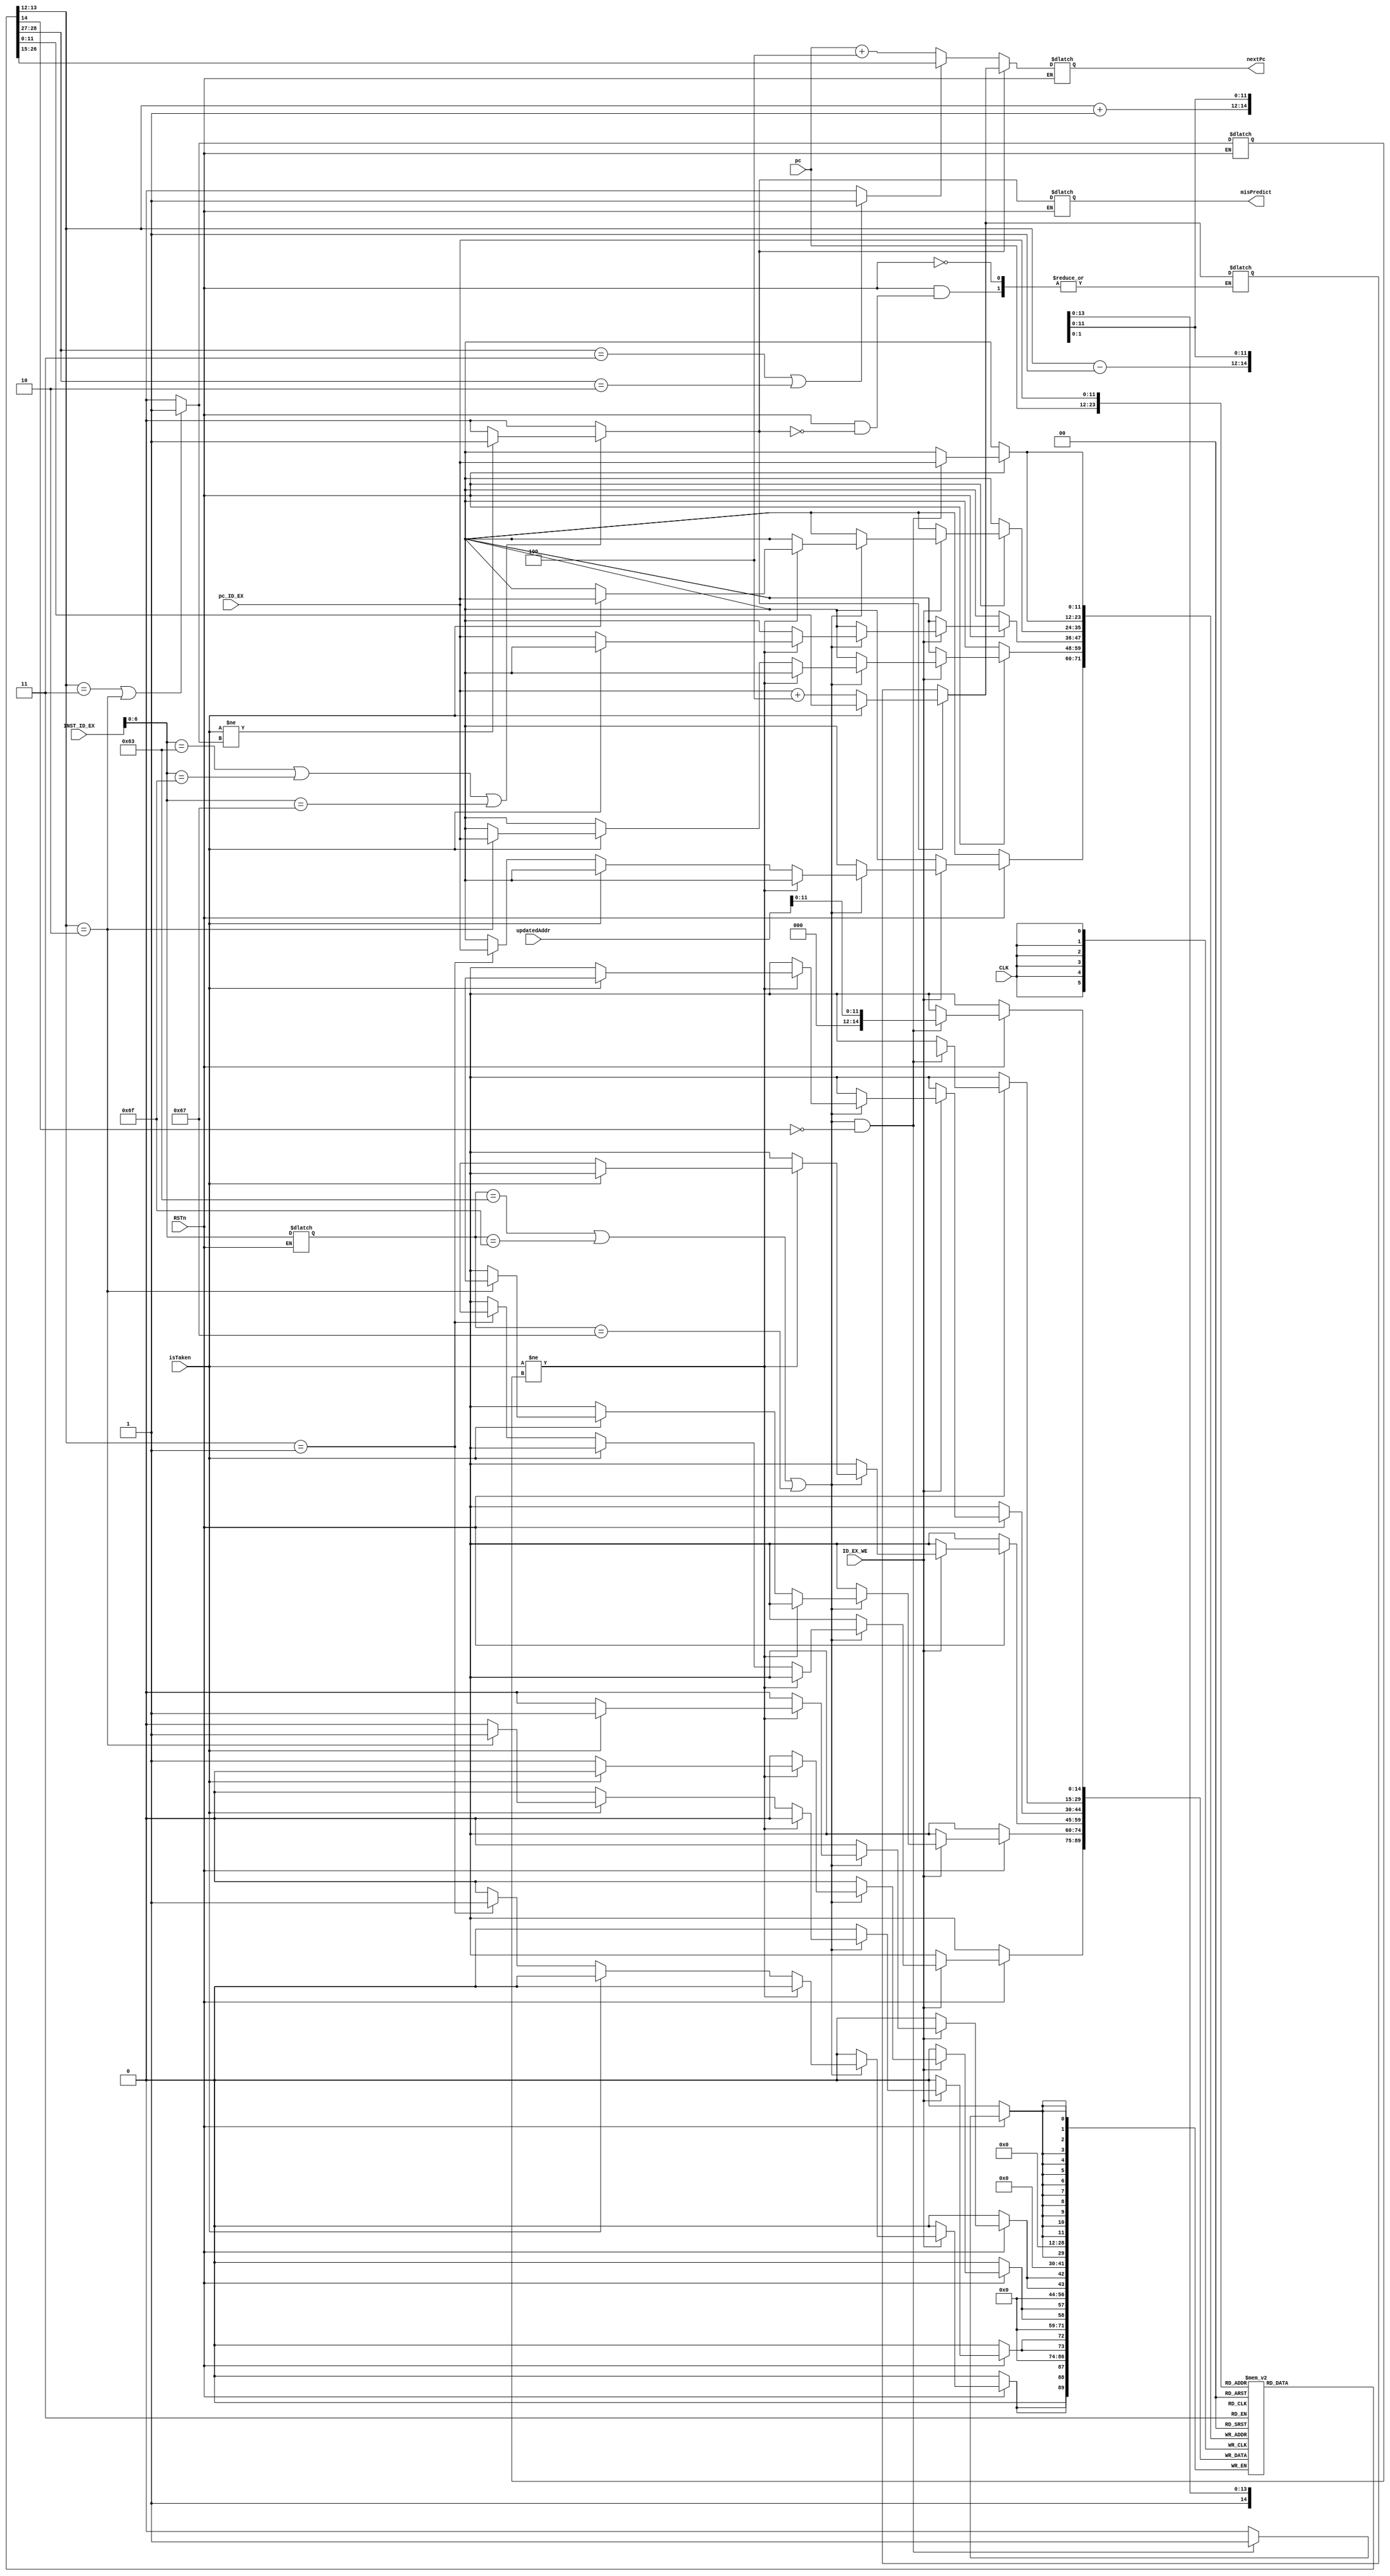
module BTB(
    input wire RSTn,
    input wire CLK,
    input wire[31:0] INST_ID_EX,
    input wire[11:0] pc_ID_EX,
    input wire[11:0] pc,
    input wire isTaken,
    input wire[31:0] updatedAddr,
    input wire ID_EX_WE,
    output wire[11:0] nextPc,
    output wire misPredict
);

    /*    */
    reg[11:0] nextPc_reg;
    reg misPredict_reg;
    reg[11:0] realAddr;
    reg[11:0] predAddr;
    reg predTaken;
    reg predTaken_EX;
    
    reg[6:0] opcode;

    assign nextPc = nextPc_reg;
    assign misPredict = misPredict_reg;
    
    

    // table
    reg [14:0] btb [4095:0];
    reg [14:0]i;
    initial begin
        for(i=0; i<4096; i=i+1) begin
           btb[i] = i + 4; 
        end
        nextPc_reg <= 0;
    end

    //define synchronous write 
    always @(posedge CLK) begin
        //2-bit saturation update
        if(RSTn == 1) begin
            if(ID_EX_WE) begin
                if(opcode == 7'b1100011 | opcode == 7'b1101111 | opcode == 7'b1100111) begin   
                    if(isTaken != predTaken_EX) begin
                        if(isTaken == 1) begin
                            btb[pc_ID_EX][13:12] <= btb[pc_ID_EX][13:12] +1 ;
                        end
                        else begin
                            btb[pc_ID_EX][13:12] <= btb[pc_ID_EX][13:12] -1 ;
                        end
                    end
                    else begin
                        if(isTaken == 1) begin
                            if(btb[pc_ID_EX][13:12] == 2'b10) begin
                                btb[pc_ID_EX][13:12] <= btb[pc_ID_EX][13:12] +1;
                            end 
                        end
                        else begin
                            if(btb[pc_ID_EX][13:12] == 2'b01) begin
                                btb[pc_ID_EX][13:12] <= btb[pc_ID_EX][13:12] -1;
                            end 
                        end
                    end
                end
            end
        end
    end

    always @(negedge CLK) begin
        if(RSTn == 1) begin
            //btb update target update
            if((opcode == 7'b1100011 | opcode == 7'b1101111 | opcode == 7'b1100111) & btb[pc_ID_EX][14] == 0) begin
                btb[pc_ID_EX][11:0] <= updatedAddr[11:0];
                btb[pc_ID_EX][14] <= 1;
                //$display("updatedAddr %d", btb[pc_ID_EX][11:0]);
            end
        end
    end

    //define asynchronous read
    always @(*) begin
        if(RSTn == 1) begin
            opcode = INST_ID_EX[6:0];

            //predTaken, 0 1 // comb
            if(btb[pc][13:12] == 2'b11 | btb[pc][13:12] == 2'b10) begin
                predTaken = 1;
            end
            else begin
                predTaken = 0;
            end
            //comb
            if(btb[pc_ID_EX][13:12] == 2'b11 | btb[pc_ID_EX][13:12] == 2'b10) begin
                predTaken_EX = 1;
            end
            else begin
                predTaken_EX = 0;
            end     

            //predTaken  predAddr 
            if(predTaken) begin
                predAddr = btb[pc][11:0];
                // $display("predAddr in btb %d", btb[pc][11:0]);
            end
            else begin
                predAddr = pc + 4;
                //$display("predAddr is not in btb, so pc+4 %d", btb[pc][11:0]);
            end

            //isTaken predTaken  misPredict  
            if(opcode == 7'b1100011 | opcode == 7'b1101111 | opcode == 7'b1100111) begin   
                if(isTaken != predTaken_EX) begin
                    misPredict_reg = 1;
                end
                else begin
                    misPredict_reg = 0;
                end 
            end
            else begin
                misPredict_reg = 0;
            end

            //misPredict   realAddr  
            if(misPredict_reg) begin
                if(isTaken == 1) begin
                    realAddr = btb[pc_ID_EX][11:0];
                end
                else begin
                    realAddr = pc_ID_EX +4;
                end
            end

            //misPredict   nextPc  
            if(misPredict_reg) begin
                nextPc_reg = realAddr;
            end
            else begin
                nextPc_reg = predAddr;
            end
        end
    end

endmodule